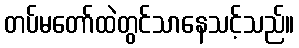
တပ်မတော်ထဲတွင်သာနေသင့်သည်။